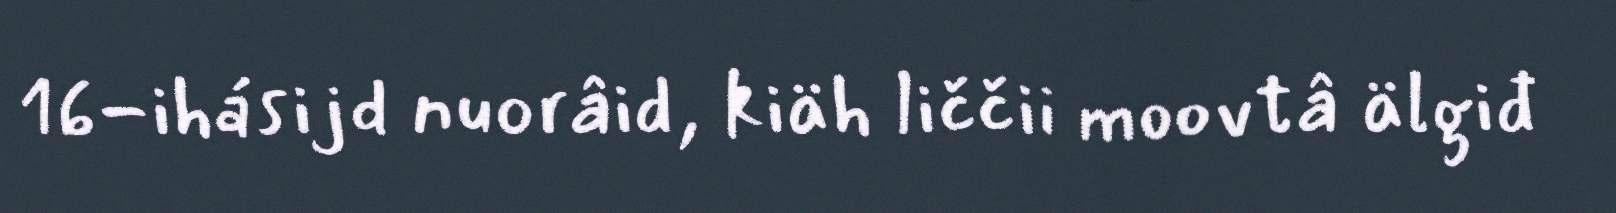
16-ihásijd nuorâid, kiäh liččii moovtâ älgiđ